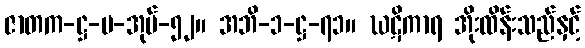
ဇာတက-ဋ္ဌ-ပ-အုပ်-၅၂။ အဘိ-၁-ဋ္ဌ-၇၁။ ဃဋိကာရ အိုးထိန်းသည်နှင့်